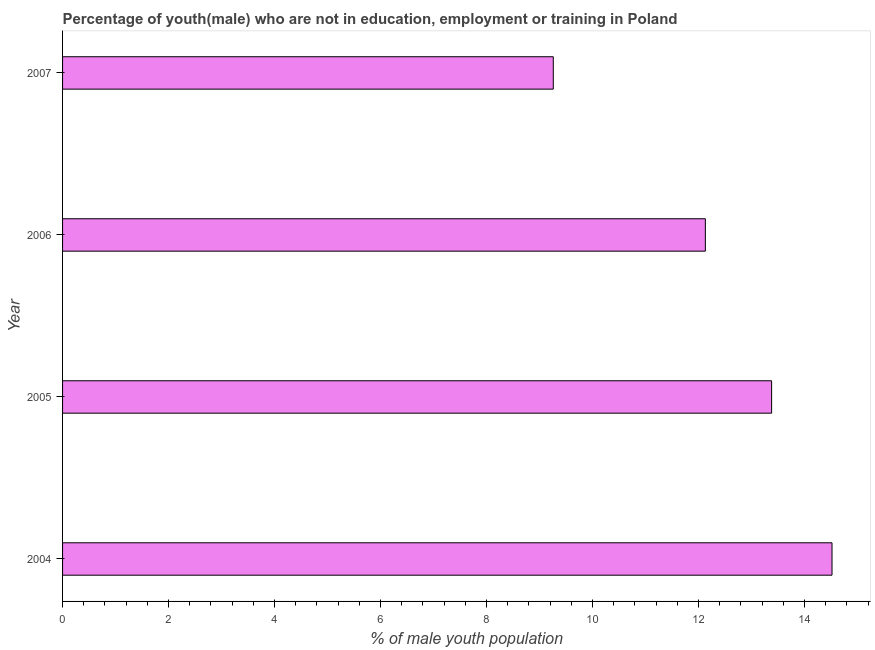
| Year | Unemployed(male) |
 | --- | --- |
 | 2004 | 14.5 |
 | 2005 | 13.4 |
 | 2006 | 12.1 |
 | 2007 | 9.26 |